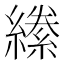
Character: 𦅌